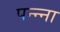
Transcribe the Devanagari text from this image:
पन्‍न्‍ना